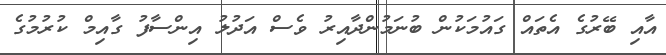
އާއި ބޭރުގެ އެތައް ގައުމަކުން ބުނަމުންދާއިރު ވެސް އަދުލު އިންސާފު ގާއިމް ކުރުމުގެ